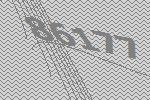
86177